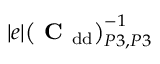
| e | \big ( \mathrm { \textbf { C } } _ { \mathrm { d d } } \big ) _ { P 3 , P 3 } ^ { - 1 }